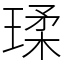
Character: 瑈